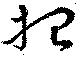
想